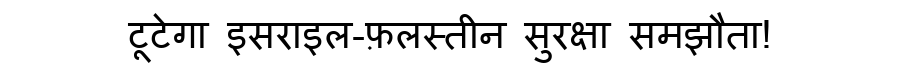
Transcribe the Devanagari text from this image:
टूटेगा इसराइल-फ़लस्तीन सुरक्षा समझौता!